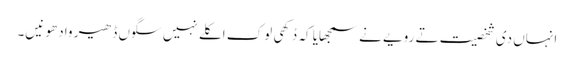
انہاں دی شخصیت تے رویے نے سمجھایا کہ دُکھی لوک اکلے نہیں سگوں ڈھیر وادھو نیں۔